Indian journal of veterinary science and animal husbandry - Volumes 18-21, 1948-1951
Year: 1948
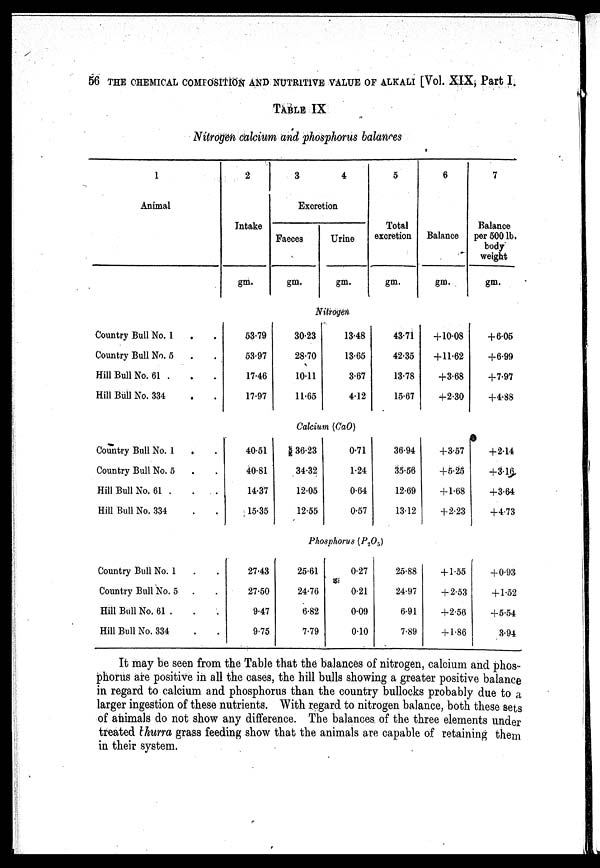
THE CHEMICAL COMFOSITION AND NUTRITIVE VALUE OF ALKALI [Vol. XIX, Part I.
TABLE IX
Nitrogen calcium and phosphorus balances
1
Animal
Country Bull No. 1 .
Country Bull No. 5
Hill Bull No. 61 .
Hill Bull No. 334
Country Bull No. 1
.
Country Bull No. 5
Hill Bull No. 61 .
.
. .
Hill Bull No. 334
Country Bull No. 1
Country Bull No. 5
Hill Bull No. 61 .
Hill Bull No. 334
2
Intake
gm.
3
4
Excretion
Faeces
gm.
Urine
gm.
5
Total
excretion
gm.
6
Balance
gm.
7
Balance
per 500 lb.
body
weight
gm.
Nitrogen
53.79
53.97
17.46
17.97
30.23
28.70
10.11
11.65
13.48
13.65
3.67
4.12
43.71
42.35
13.78
15.67
+10.08
+11.62
+3.68
+2.30
+6.05
+6.99
+7.97
+4.88
Calcium (CaO)
40.51
40.81
14.37
15.35
36.23
34.32
12.05
12.55
0.71
1.24
0.64
0.57
36.94
35.56
12.69
13.12
+3.57
+5.25
+1.68
+2.23
+2.14
+3.16
+3.64
+4.73
Phosphorus (P 2 O 3 )
27.43
27.50
9.47
9.75
25.61
24.76
6.82
7.79
0.27
0.21
0.09
010
25.88
24.97
6.91
7.89
+1.55
+2.53
+2.56
+1.86
+0.93
+1.52
+5.54
3.94
It may be seen from the Table that the balances of nitrogen, calcium and phos
phorus are positive in all the cases, the hill bulls showing a greater positive balance
in regard to calcium and phosphorus than the country bullocks probably due to a
larger ingestion of these nutrients. With regard to nitrogen balance, both these sets
of animals do not show any difference. The balances of the three elements under
treated bhurra grass feeding show that the animals are capable of retaining them
in their system.